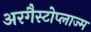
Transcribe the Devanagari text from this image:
अरगैस्टोप्लाज्म